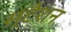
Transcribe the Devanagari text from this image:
स्टैशन